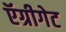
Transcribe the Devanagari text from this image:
ऍग्रीगेट